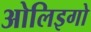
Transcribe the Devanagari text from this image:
ओलिइगो